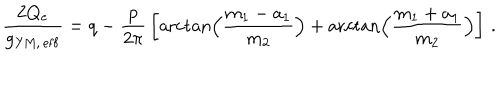
LaTeX: { \frac { 2 Q _ { \mathrm { e } } } { g _ { \mathrm { Y M , \, e f f } } } } = q - { \frac { p } { 2 \pi } } \left[ \operatorname { a r c t a n } \Bigl ( { \frac { m _ { 1 } - a _ { 1 } } { m _ { 2 } } } \Bigr ) + \operatorname { a r c t a n } \Bigl ( { \frac { m _ { 1 } + a _ { 1 } } { m _ { 2 } } } \Bigr ) \right] \, .